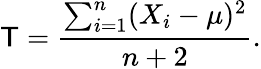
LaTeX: \mathsf{T}={\frac{{\sum_{i=1}^{n}(X_{i}-\mu)^{2}}}{{n+2}}}.